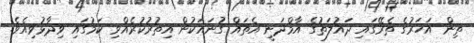
ތިން އަހަރުގެ ތެރޭގައި ދަައުލަތުގެ އާމްދަނީ އެތައް ގުނައަކުން އިތުރުކުރެއްވި ކަމުގައި ވިދާޅުވިއެވެ.